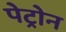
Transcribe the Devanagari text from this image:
पेट्रोन